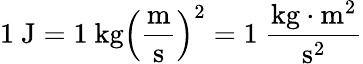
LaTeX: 1\ \mathrm{J}=1\ \mathrm{kg}\left({\frac{\mathrm{m}}{\mathrm{s}}}\right)^{2}=1\ {\frac{\mathrm{kg}\cdot\mathrm{m}^{2}}{\mathrm{s}^{2}}}